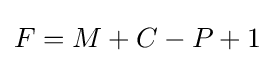
F=M+C-P+1